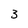
Character: 3